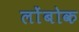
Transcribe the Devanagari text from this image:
लोंबोक